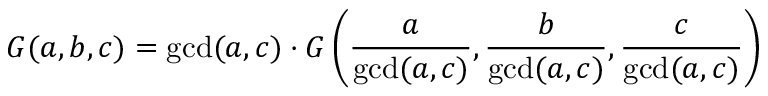
G ( a , b , c ) = \operatorname* { g c d } ( a , c ) \cdot G \left( { \frac { a } { \operatorname* { g c d } ( a , c ) } } , { \frac { b } { \operatorname* { g c d } ( a , c ) } } , { \frac { c } { \operatorname* { g c d } ( a , c ) } } \right)